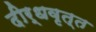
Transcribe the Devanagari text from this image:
दीर्धवृत्त